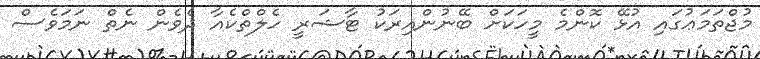
މުޖްތަމަޢުގައި އުޅޭ ކޮންމެ މީހަކަށް ބޭނުންއިރަކު ޓާޝަރީ ހެލްތްކެއާ ދެވެން ނެތް ނަމަވެސް